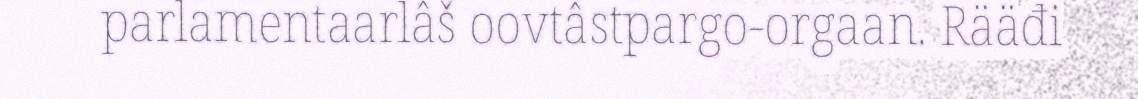
parlamentaarlâš oovtâstpargo-orgaan. Rääđi